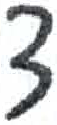
אות: צ